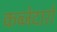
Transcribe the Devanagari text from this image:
कब्जेदारों